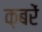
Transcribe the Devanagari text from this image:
क़बरें